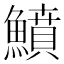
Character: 鱝